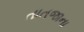
તાતજાના